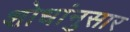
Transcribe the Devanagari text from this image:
शोधांनुसार